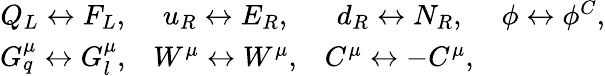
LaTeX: \begin{array}{cccc}{{Q_{L}\leftrightarrow F_{L},}}&{{u_{R}\leftrightarrow E_{R},}}&{{d_{R}\leftrightarrow N_{R},}}&{{\phi\leftrightarrow\phi^{C},}}\\ {{G_{q}^{\mu}\leftrightarrow G_{l}^{\mu},}}&{{W^{\mu}\leftrightarrow W^{\mu},}}&{{C^{\mu}\leftrightarrow-C^{\mu},}}&{{}}\end{array}